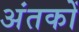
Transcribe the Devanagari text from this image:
अंतकों